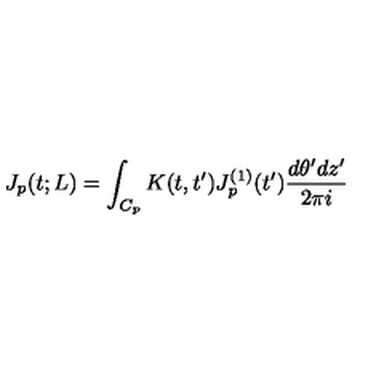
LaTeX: J _ { p } ( t ; L ) = \int _ { C _ { p } } K ( t , t ^ { \prime } ) J _ { p } ^ { ( 1 ) } ( t ^ { \prime } ) \frac { d \theta ^ { \prime } d z ^ { \prime } } { 2 \pi i }